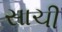
સાચી